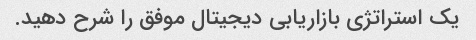
یک استراتژی بازاریابی دیجیتال موفق را شرح دهید.